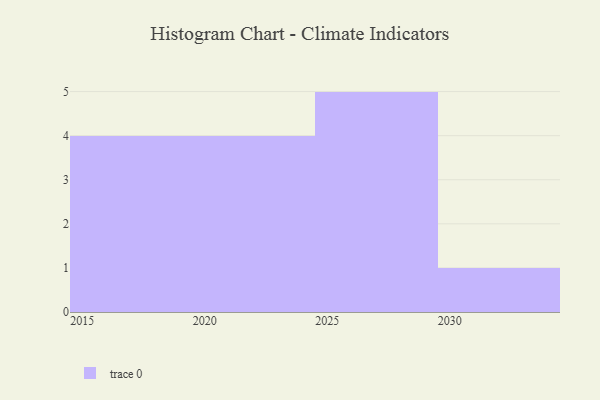
{"axis": {"x": "Year", "y": "Budget (USD K)"}, "legend": [""], "data": [{"x": "2020", "y": 34, "type": ""}, {"x": "2027", "y": 79, "type": ""}, {"x": "2023", "y": 46, "type": ""}, {"x": "2028", "y": 63, "type": ""}, {"x": "2029", "y": 33, "type": ""}, {"x": "2024", "y": 16, "type": ""}, {"x": "2026", "y": 90, "type": ""}, {"x": "2030", "y": 68, "type": ""}, {"x": "2019", "y": 18, "type": ""}, {"x": "2022", "y": 26, "type": ""}, {"x": "2016", "y": 77, "type": ""}, {"x": "2017", "y": 10, "type": ""}, {"x": "2018", "y": 26, "type": ""}, {"x": "2025", "y": 31, "type": ""}]}